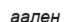
аален